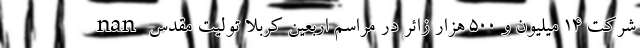
nan شرکت 14 میلیون و 500 هزار زائر در مراسم اربعین کربلا تولیت مقدس